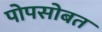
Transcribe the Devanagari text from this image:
पोपसोबत